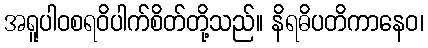
အရူပါဝစရဝိပါက်စိတ်တို့သည်။ နိရဓိပတိကာနေဝ၊